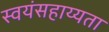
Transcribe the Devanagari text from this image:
स्वयंसहाय्यता